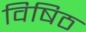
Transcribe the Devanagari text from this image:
विषिठ